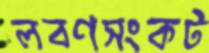
লবণসংকট